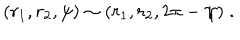
LaTeX: ( r _ { 1 } , r _ { 2 } , \psi ) \sim ( r _ { 1 } , r _ { 2 } , 2 \pi - \psi ) \; .